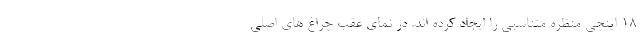
18 اینچی منظره متناسبی را ایجاد کرده اند. در نمای عقب چراغ های اصلی